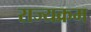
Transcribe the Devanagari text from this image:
राज्यक्रम